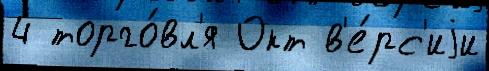
4 торго́вл'я Окт в'е́рс'иjи